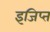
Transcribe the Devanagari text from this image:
इजिप्‍त